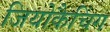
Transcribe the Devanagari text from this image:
जियोकैचिंग